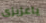
ياعزيزى